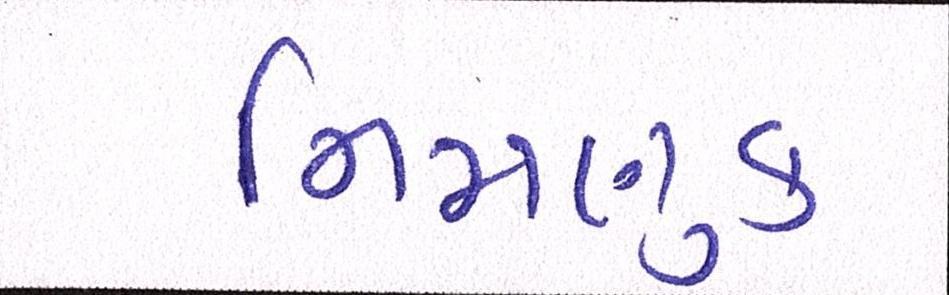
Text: નિમણુક